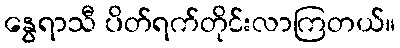
နွေရာသီ ပိတ်ရက်တိုင်းလာကြတယ်။